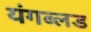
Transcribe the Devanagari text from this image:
यंगब्लड